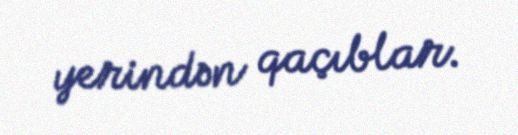
yerindən qaçıblar.